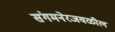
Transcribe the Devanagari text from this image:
संगमनेरजवळील